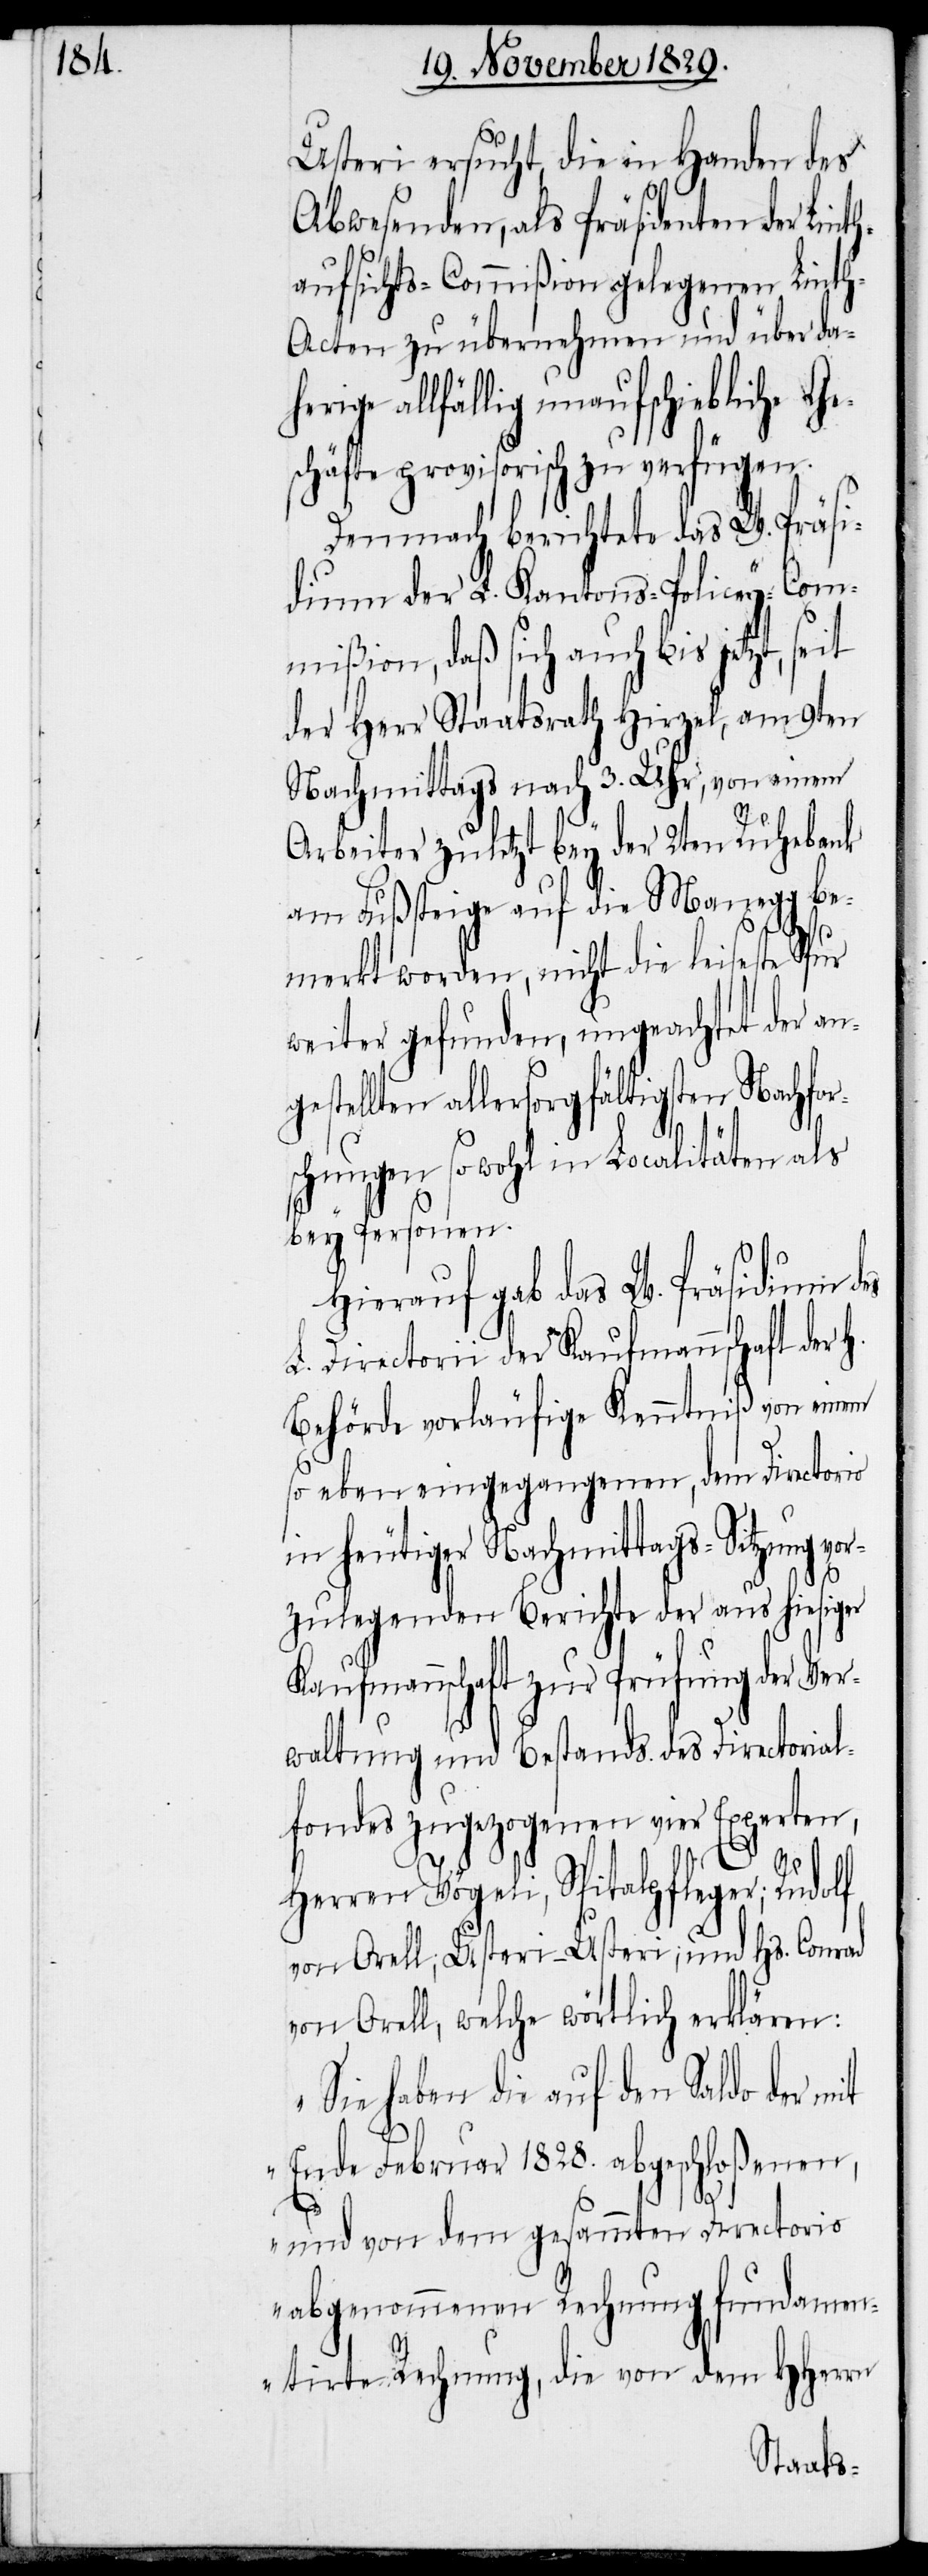
Usteri ersucht, die in Handen des
Abwesenden, als Präsidenten der Lin¬
aufsichts-Commißion gelegenen Lint¬
h-Acten zu übernehmen und über dah¬
erige allfällig unaufschiebliche Ge¬
schäfte provisorisch zu verfügen.
Demnach berichtete das W. Präsi¬
dium der L. Kantons-Policey-Com¬
mißion, daß sich auch bis jetzt, seit
der Herr Staatsrath Hirzel, am 9ten
Nachmittags nach 3. Uhr, von einem
Arbeiter zuletzt bey der 2ten Ruhebank
am Fußsteige auf die Manegg be¬
merkt worden, nicht die leiseste
weiter gefunden, ungeachtet der an¬
gestellten allersorgfältigsten Nachfor¬
schungen so wohl in Localitäten als
bey Personen.
Hierauf gab das W. Präsidium des
L. Directorii der Kaufmannschaft der
Behörde vorläufige Kenntniß von einem
so eben eingekommenen, dem Directorio
in heutiger Nachmittags-Sitzung v¬
zulegenden Berichte der aus hiesiger
Kaufmannschaft zur Prüfung der Ver¬
waltung und Bestands des Directorial¬
fondes zugezogenen vier Experten,
or¬
Herren Vögeli, Spitalpfleger; Rudolf
von Orell; Usteri-Usteri, und Hs. Conrad
von Orell, welche wörtlich erklären:
„Sie haben die auf den Saldo der mit
Ende Februar 1828. abgeschloßenen,
und von dem gesammten Directorio
abgenommenen Rechnung fundamen¬
tirte Rechnung, die von dem HHerrn